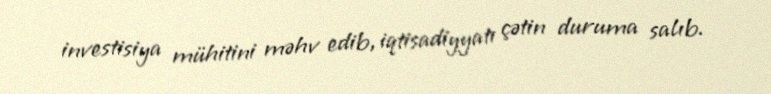
investisiya mühitini məhv edib, iqtisadiyyatı çətin duruma salıb.